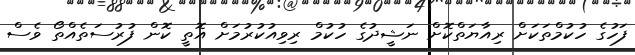
ފަހުގެ ހުކުމްތަކަށް ރިއާޔަތްކޮށް ނަޝީދުގެ ހުކުމް ރިވިއުކުރުމަށް އޮތީ ކޮން ފުރުސަތެއްތޯ ވެސް